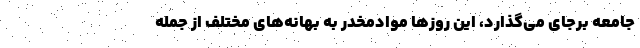
جامعه برجای می‌گذارد، این روزها موادمخدر به بهانه‌های مختلف از جمله